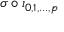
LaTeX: \sigma \circ \iota _ { 0 , 1 , . . . , p }